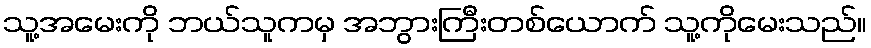
သူ့အမေးကို ဘယ်သူကမှ အဘွားကြီးတစ်ယောက် သူ့ကိုမေးသည်။